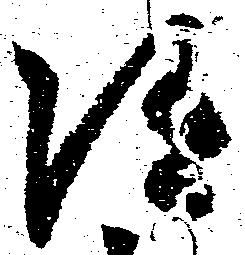
随